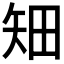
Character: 𥎴